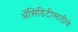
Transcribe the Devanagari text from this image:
अॅसिडिटीसाठीचे